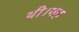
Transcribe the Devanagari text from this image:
थी।यह